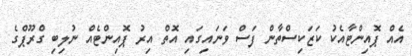
އެއް ޕޮއިންޓާއެކު ކަޒަކިސްތާން ފަސް ވަނައިގައި އޮތް އިރު ޕޮއިންޓެއް ނުލިބި ގްރޫޕްގެ